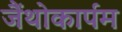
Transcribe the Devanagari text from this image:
जैंथोकार्पम